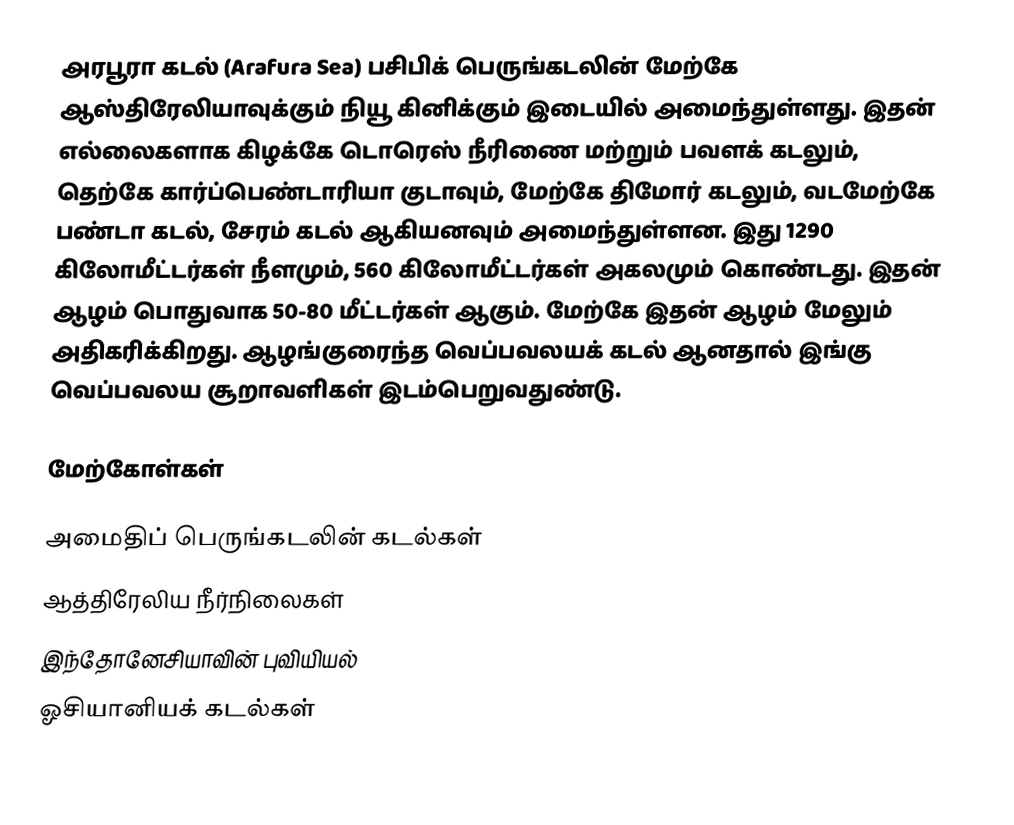
அரபூரா கடல் (Arafura Sea) பசிபிக் பெருங்கடலின் மேற்கே ஆஸ்திரேலியாவுக்கும் நியூ கினிக்கும் இடையில் அமைந்துள்ளது. இதன் எல்லைகளாக கிழக்கே டொரெஸ் நீரிணை மற்றும் பவளக் கடலும், தெற்கே கார்ப்பெண்டாரியா குடாவும், மேற்கே திமோர் கடலும், வடமேற்கே பண்டா கடல், சேரம் கடல் ஆகியனவும் அமைந்துள்ளன. இது 1290 கிலோமீட்டர்கள் நீளமும், 560 கிலோமீட்டர்கள் அகலமும் கொண்டது. இதன் ஆழம் பொதுவாக 50-80 மீட்டர்கள் ஆகும். மேற்கே இதன் ஆழம் மேலும் அதிகரிக்கிறது. ஆழங்குரைந்த வெப்பவலயக் கடல் ஆனதால் இங்கு வெப்பவலய சூறாவளிகள் இடம்பெறுவதுண்டு.

மேற்கோள்கள்

அமைதிப் பெருங்கடலின் கடல்கள்
ஆத்திரேலிய நீர்நிலைகள்
இந்தோனேசியாவின் புவியியல்
ஓசியானியக் கடல்கள்